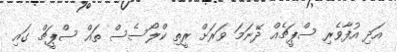
އަދި އުފާވެރި ސްޕީޗެއް ދޭނަމަ ވަރަށް ރީތި ކްލޯސެސް ތައް ސްޕީޗް ގައި